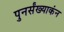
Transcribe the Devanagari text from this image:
पुनर्संख्याकंन